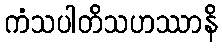
ကံသပါတိသဟဿာနိ